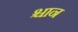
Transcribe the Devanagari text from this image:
श्चान